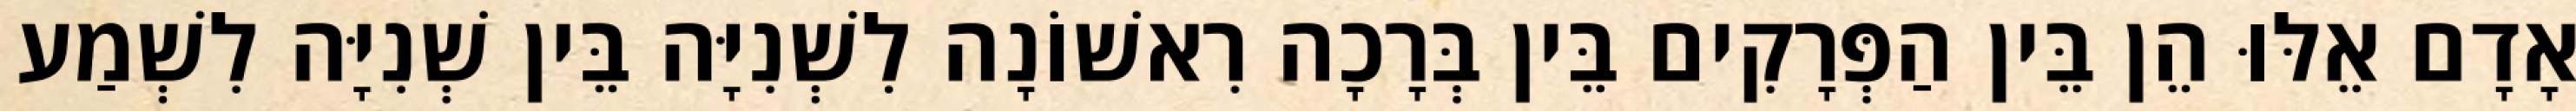
אָדָם אֵלּוּ הֵן בֵּין הַפְּרָקִים בֵּין בְּרָכָה רִאשׁוֹנָה לִשְׁנִיָּה בֵּין שְׁנִיָּה לִשְׁמַע